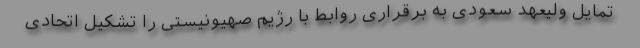
تمایل ولیعهد سعودی به برقراری روابط با رژیم صهیونیستی را تشکیل اتحادی